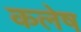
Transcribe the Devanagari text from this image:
कलेष